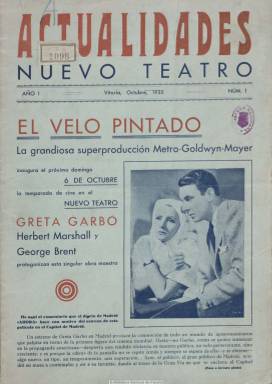
Título: Actualidades, Nuevo Teatro
Colección: Cine
Ámbito geográfico: Álava
Lugar de publicación: Vitoria
Fechas: 01/10/1935-29/02/1936

Revista mensual que comienza a publicarse en octubre de 1935, coincidiendo con la nueva temporada de espectáculos, en especial, de exhibición cinematográfica en el Nuevo Teatro, de Vitoria-Gasteiz, edificio que había sido levantado con las aportaciones de cientos de personas a través de acciones de cien pesetas, y cuya construcción fue ideada por Cesáreo Iraidier e inspirada en el Teatro de la Zarzuela, de Madrid. Inaugurado en 1918, este edificio sigue en pie bajo el nombre de Teatro Principal Antzokia, de propiedad pública. La publicación fue editada por Vitoriana de Espectáculos, S.A, empresa propietaria del teatro, y cada entrega, de doce páginas y con una cubierta impresa a dos tintas, contiene información sobre la programación cinematográfica, aunque incluye alguna teatral, a modo de programa de mano.

Da cuenta de las producciones contratadas para su proyección (de Metro Goldwyn Mayer, Radio Films Artistas Asociados, Paramount Films, Ufilms o Filmófono), tanto de largometrajes como de cortometrajes y de animación. Inserta comentarios y críticas de las películas, algunas reproducidas de las publicadas por periódicos madrileños y otros, probablemente, de cosecha propia. Tiene una sección de Noticias, con notas breves también sobre cine. En su primer número también ofrece las tarifas de las localidades y de los abonos. Es ilustrada, al insertar fotografías de actrices y actores que intervienen en los filmes, con algunas breves semblanzas sobre ellos, y la contracubierta siempre está dedicada a los rostros de las estrellas, bajo el epígrafe Figuras de la pantalla, con fotografías procedentes del Archivo de La Libertad. Inserta también anuncios de publicidad comercial. El número 5 (de ocho páginas) es el último de la colección y corresponde a febrero de 1936.